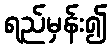
ရည်မှန်း၍